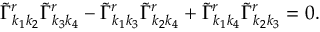
\begin{array} { r } { \tilde { \Gamma } _ { k _ { 1 } k _ { 2 } } ^ { r } \tilde { \Gamma } _ { k _ { 3 } k _ { 4 } } ^ { r } - \tilde { \Gamma } _ { k _ { 1 } k _ { 3 } } ^ { r } \tilde { \Gamma } _ { k _ { 2 } k _ { 4 } } ^ { r } + \tilde { \Gamma } _ { k _ { 1 } k _ { 4 } } ^ { r } \tilde { \Gamma } _ { k _ { 2 } k _ { 3 } } ^ { r } = 0 . } \end{array}